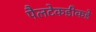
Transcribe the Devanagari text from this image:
पैलटेकडीकडे